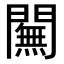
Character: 𨶭